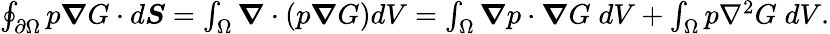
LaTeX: \begin{array}{r}{\oint_{\partial\Omega}p\boldsymbol{\nabla}G\cdot d\boldsymbol{S}=\int_{\Omega}\boldsymbol{\nabla}\cdot\left(p\boldsymbol{\nabla}G\right)dV=\int_{\Omega}\boldsymbol{\nabla}p\cdot\boldsymbol{\nabla}G\; dV+\int_{\Omega}p\nabla^{2}G\; dV.}\end{array}